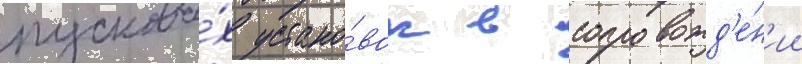
пусковы́х устано́вок в сопровожд'е́н'ии